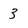
Character: 3